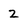
Character: 2